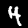
Label: 4